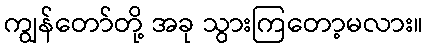
ကျွန်တော်တို့ အခု သွားကြတော့မလား။